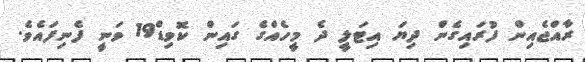
ރާއްޖެއިން ފުރައިގެން ދިޔަ އިޓަލީ ދެ މީހެއްގެ ގައިން ކޮވިޑް19 ވަނީ ފެނިފައެވެ.